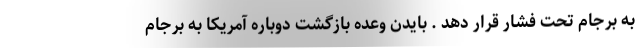
به برجام تحت فشار قرار دهد . بایدن وعده بازگشت دوباره آمریکا به برجام